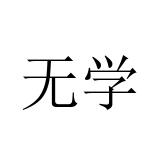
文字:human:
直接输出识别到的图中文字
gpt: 无学